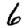
Digit: 6